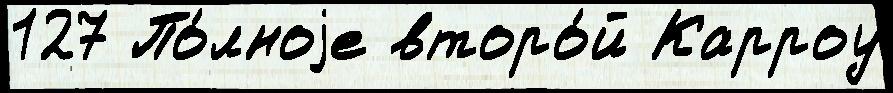
127 По́лноjе второ́й Карроу